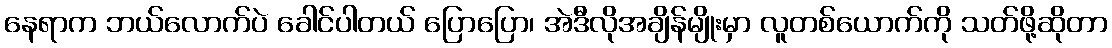
နေရာက ဘယ်လောက်ပဲ ခေါင်ပါတယ် ပြောပြော၊ အဲဒီလိုအချိန်မျိုးမှာ လူတစ်ယောက်ကို သတ်ဖို့ဆိုတာ